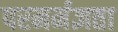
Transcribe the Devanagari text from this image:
परमर्मज्ञता